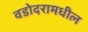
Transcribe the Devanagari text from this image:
वडोदरामधील